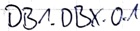
Text: DB1.DBX.0.1